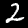
Digit: 2